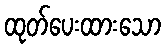
ထုတ်ပေးထားသော